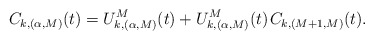
\begin{align*}C_{k,(\alpha,M)}(t) = U^M_{k,(\alpha,M)}(t) + U^M_{k,(\alpha,M)}(t) \kern+1pt C_{k,(M+1,M)}(t).\end{align*}